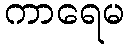
ကာရေမ